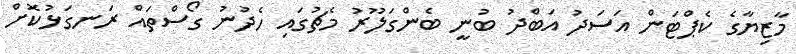
މާޒިޔާގެ ކެޕްޓަން އަސަދު އަބްދު ބުނީ ބެންގަލޫރު މެޗުގައި ހެދުނު ގޯސްތައް ރަނގަޅުކޮށް